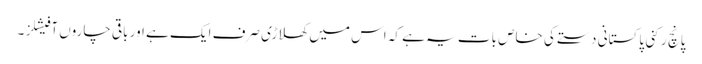
پانچ رکنی پاکستانی دستے کی خاص بات یہ ہے کہ اس میں کھلاڑی صرف ایک ہے اور باقی چاروں آفیشلز ۔